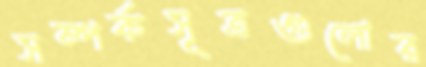
সম্পর্কসূত্রগুলোর